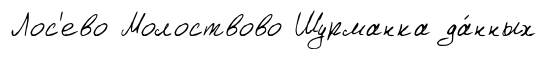
Лос'ево Молоствово Шурманка да́нных